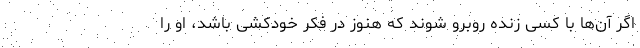
اگر آن‌ها با کسی زنده روبرو شوند که هنوز در فکر خودکشی باشد، او را